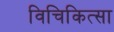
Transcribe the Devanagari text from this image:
विचिकित्सा